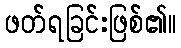
ဖတ်ရခြင်းဖြစ်၏။